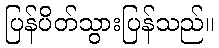
ပြန်ပိတ်သွားပြန်သည်။